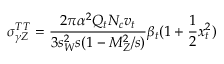
\sigma _ { \gamma Z } ^ { T T } = \frac { 2 \pi \alpha ^ { 2 } Q _ { t } N _ { c } v _ { t } } { 3 s _ { W } ^ { 2 } s ( 1 - M _ { Z } ^ { 2 } / s ) } \beta _ { t } ( 1 + \frac { 1 } { 2 } x _ { t } ^ { 2 } )